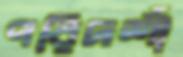
পরিদর্শী